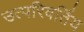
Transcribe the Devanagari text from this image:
उत्परिवर्तिय